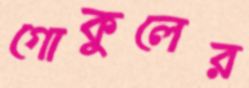
গোকুলের